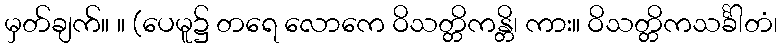
မှတ်ချက်။ ။ (ပေမူ၌ တရေ လောကေ ဝိသတ္တိကန္တိ၊ ကား။ ဝိသတ္တိကသင်္ခါတံ၊